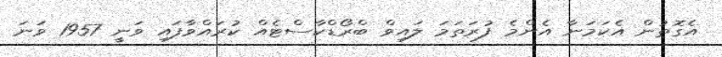
އެގޮތުން އެކަމަނާ އެންމެ ފުރަތަމަ ލައިވް ބްރޯޑްކާސްޓެއް ކުރައްވާފައި ވަނީ 1957 ވަނަ